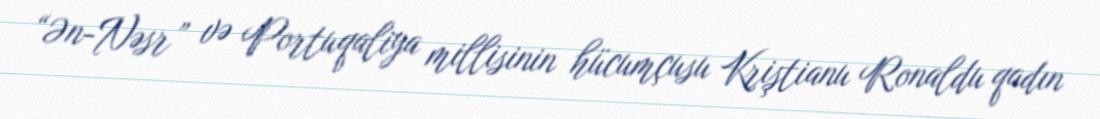
“Ən-Nəsr” və Portuqaliya millisinin hücumçusu Kriştianu Ronaldu qadın